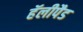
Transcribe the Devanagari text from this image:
हॅलीपैड